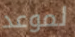
لموعد